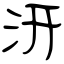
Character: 汧